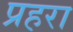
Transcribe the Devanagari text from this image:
प्रहरा